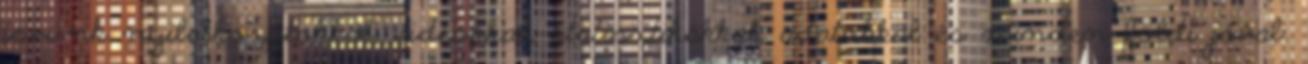
jövünk nyilatkozatokkal, videókkal, statisztikákkal, adatokkal és minden földi jóval.